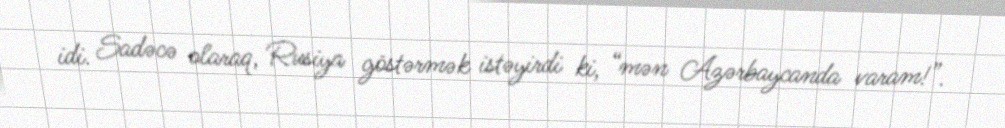
idi. Sadəcə olaraq, Rusiya göstərmək istəyirdi ki, “mən Azərbaycanda varam!”.